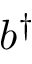
b ^ { \dagger }